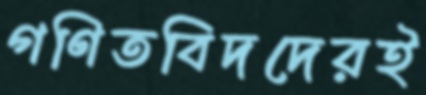
গণিতবিদদেরই